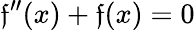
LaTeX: \mathfrak{f}^{\prime\prime}(x)+\mathfrak{f}(x)=0